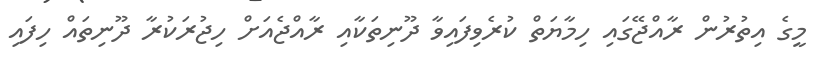
މީގެ އިތުރުން ރާއްޖޭގައި ހިމާޔަތް ކުރެވިފައިވާ ދޫނިތަކާއި ރާއްޖެއަށް ހިޖުރަކުރާ ދޫނިތައް ހިފައި